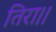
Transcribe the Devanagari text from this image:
तिरा।।